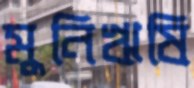
মুনিঋষি